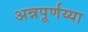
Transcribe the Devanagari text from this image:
अन्नपूर्णय्या